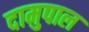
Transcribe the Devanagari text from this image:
दामुपाल